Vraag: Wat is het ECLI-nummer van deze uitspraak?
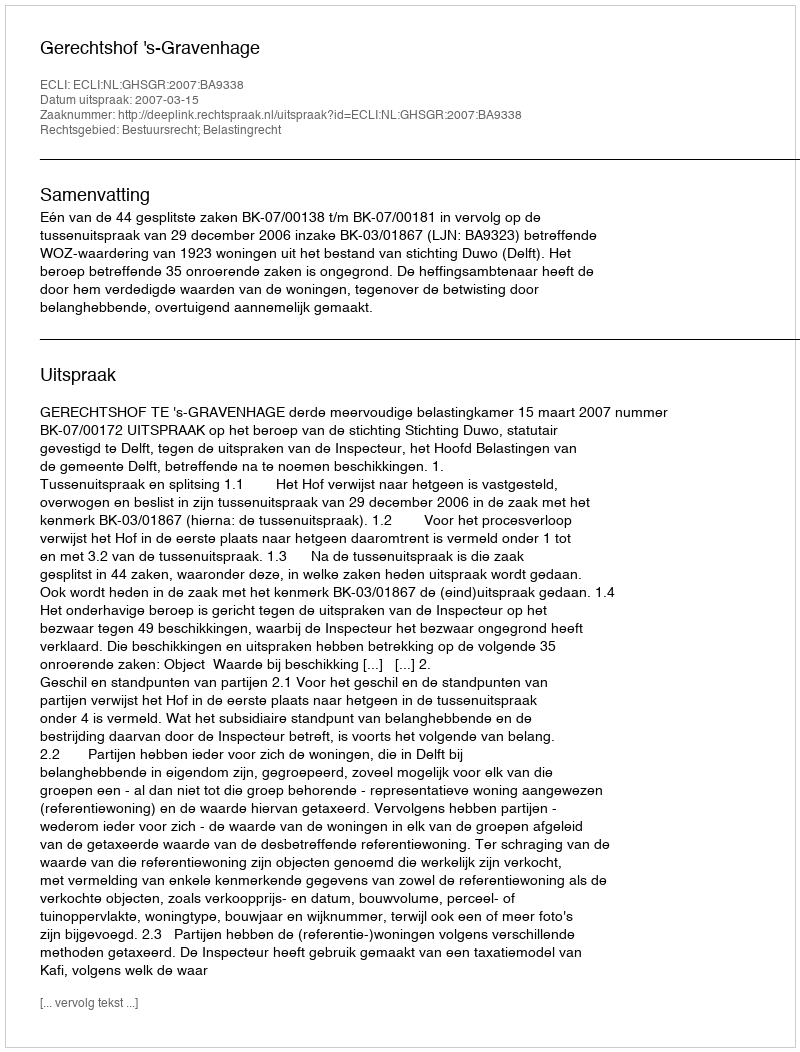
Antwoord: ECLI:NL:GHSGR:2007:BA9338